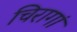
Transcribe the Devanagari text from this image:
चिरागां